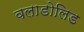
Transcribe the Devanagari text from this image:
वलाडोलिड